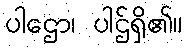
ပါဌော၊ ပါဌ်ရှိ၏။